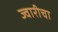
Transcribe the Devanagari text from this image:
ज्वारीचा